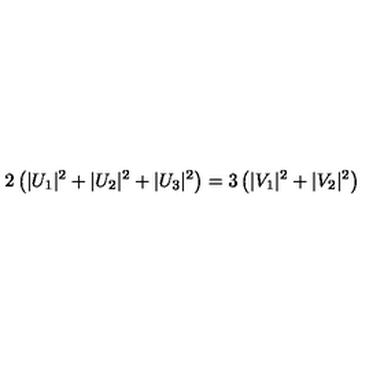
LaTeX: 2 \left( | U _ { 1 } | ^ { 2 } + | U _ { 2 } | ^ { 2 } + | U _ { 3 } | ^ { 2 } \right) = 3 \left( | V _ { 1 } | ^ { 2 } + | V _ { 2 } | ^ { 2 } \right)